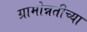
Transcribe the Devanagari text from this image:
ग्रामोन्नतीच्या